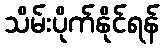
သိမ်းပိုက်နိုင်ရန်